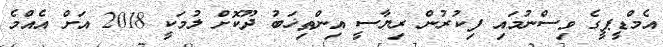
އެމްޑީޕީގެ ވިސްނުމައި ފިކުރުން ރިޔާސީ އިންޠިޚަބު ދޫކޮށް ލުމަކީ 2018 އަށް އެއްމެ